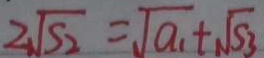
2 \sqrt { S _ { 2 } } = \sqrt { a _ { 1 } } + \sqrt { S _ { 3 } }